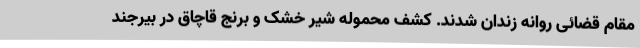
مقام قضائی روانه زندان شدند. کشف محموله شیر خشک و برنج قاچاق در بیرجند